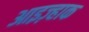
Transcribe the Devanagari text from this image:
आइज़्हाक